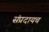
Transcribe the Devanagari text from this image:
संप्रदायच